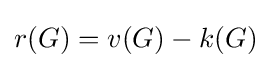
r(G)=v(G)-k(G)